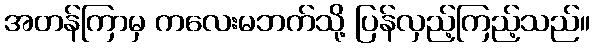
အတန်ကြာမှ ကလေးမဘက်သို့ ပြန်လှည့်ကြည့်သည်။